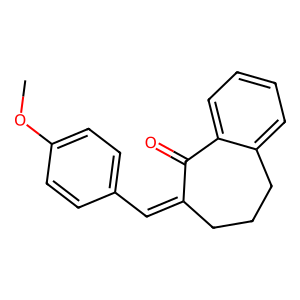
SMILES: COc1ccc(C=C2CCCc3ccccc3C2=O)cc1
Inhibits HIV replication: No